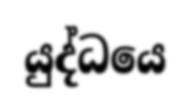
යුද්ධයෙ